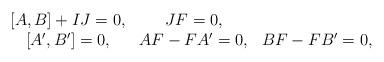
LaTeX: \begin{align*}\begin{array}{ccc}~~ [A,B]+IJ = 0, & JF=0, & ~~ \\ ~~ [A',B']=0, & AF-FA'=0, & BF-FB'=0,\end{array}\end{align*}